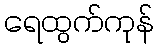
ရေထွက်ကုန်